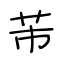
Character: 芾